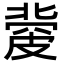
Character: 𥀅